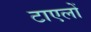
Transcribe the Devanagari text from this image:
टाएलों